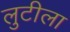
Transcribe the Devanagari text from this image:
लुटीला